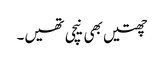
چھتیں بھی نیچی تھیں۔